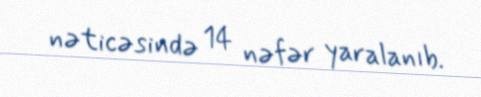
nəticəsində 14 nəfər yaralanıb.